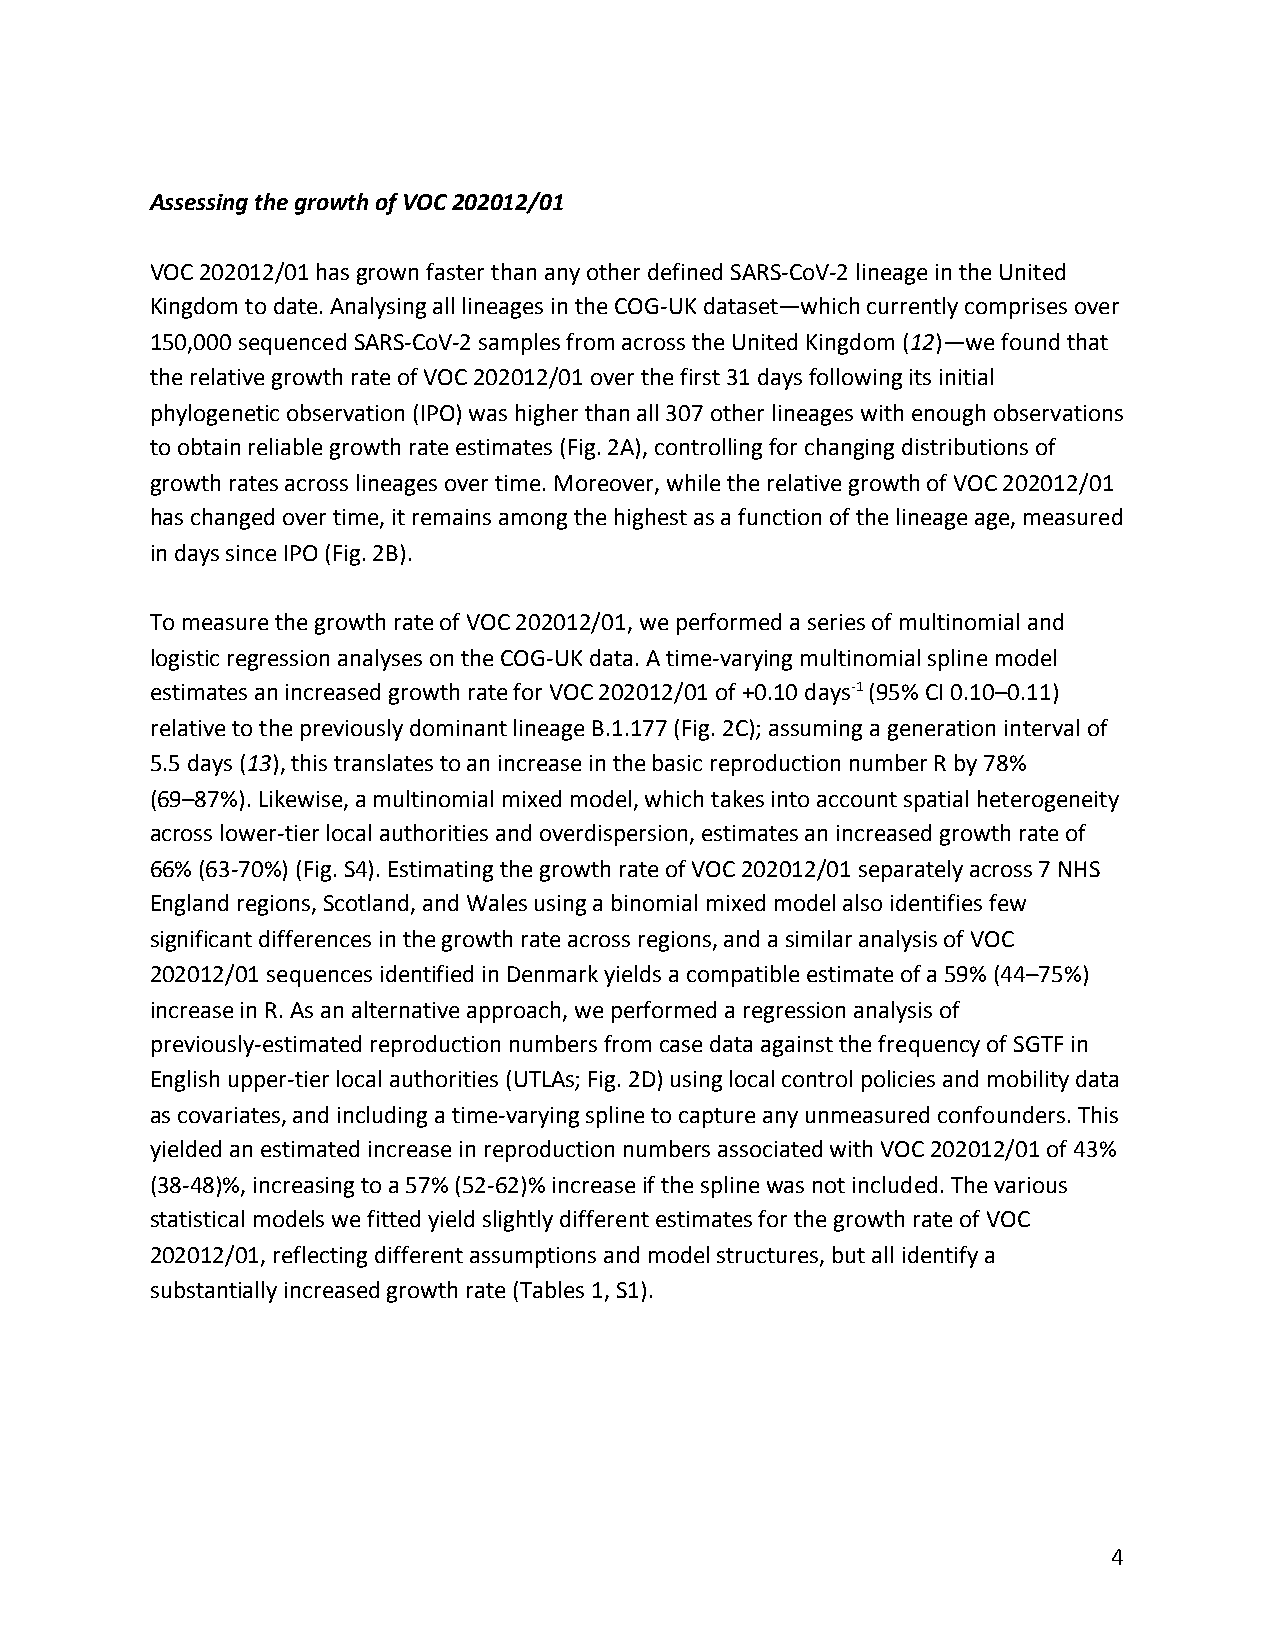
Assessing the growth of VOC 202012/01
 VOC 202012/01 has grown faster than any other defined SARS-CoV-2 lineage in the United
 Kingdom to date. Analysing all lineages in the COG-UK dataset—which currently comprises over
 150,000 sequenced SARS-CoV-2 samples from across the United Kingdom (12)—we found that
 ​ ​ ​ ​
 the relative growth rate of VOC 202012/01 over the first 31 days following its initial
 phylogenetic observation (IPO) was higher than all 307 other lineages with enough observations
 to obtain reliable growth rate estimates (Fig. 2A), controlling for changing distributions of
 growth rates across lineages over time. Moreover, while the relative growth of VOC 202012/01
 has changed over time, it remains among the highest as a function of the lineage age, measured
 in days since IPO (Fig. 2B).
 To measure the growth rate of VOC 202012/01, we performed a series of multinomial and
 logistic regression analyses on the COG-UK data. A time-varying multinomial spline model
 estimates an increased growth rate for VOC 202012/01 of +0.10 days-1 (95% CI 0.10–0.11)
 ​
 ​
 relative to the previously dominant lineage B.1.177 (Fig. 2C); assuming a generation interval of
 5.5 days (13), this translates to an increase in the basic reproduction number R by 78%
 ​ ​ ​ ​
 (69–87%). Likewise, a multinomial mixed model, which takes into account spatial heterogeneity
 across lower-tier local authorities and overdispersion, estimates an increased growth rate of
 66% (63-70%) (Fig. S4). Estimating the growth rate of VOC 202012/01 separately across 7 NHS
 England regions, Scotland, and Wales using a binomial mixed model also identifies few
 significant differences in the growth rate across regions, and a similar analysis of VOC
 202012/01 sequences identified in Denmark yields a compatible estimate of a 59% (44–75%)
 increase in R. As an alternative approach, we performed a regression analysis of
 previously-estimated reproduction numbers from case data against the frequency of SGTF in
 English upper-tier local authorities (UTLAs; Fig. 2D) using local control policies and mobility data
 as covariates, and including a time-varying spline to capture any unmeasured confounders. This
 yielded an estimated increase in reproduction numbers associated with VOC 202012/01 of 43%
 (38-48)%, increasing to a 57% (52-62)% increase if the spline was not included. The various
 statistical models we fitted yield slightly different estimates for the growth rate of VOC
 202012/01, reflecting different assumptions and model structures, but all identify a
 substantially increased growth rate (Tables 1, S1).
 4